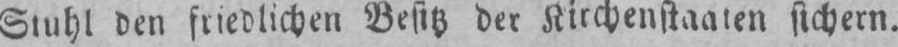
Stuhl den friedlichen Besitz der Kirchenstaaten sichern.